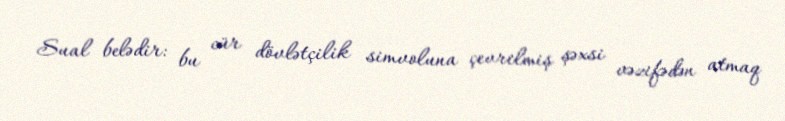
Sual belədir: bu cür dövlətçilik simvoluna çevrilmiş şəxsi vəzifədən atmaq